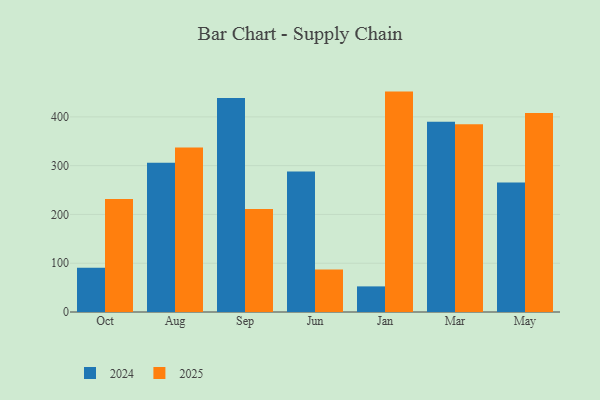
{"axis": {"x": "Month", "y": "LTV (USD)"}, "legend": ["2024", "2025"], "data": [{"x": "Oct", "y": 231.8, "type": "2025"}, {"x": "Oct", "y": 90.7, "type": "2024"}, {"x": "Aug", "y": 337.2, "type": "2025"}, {"x": "Aug", "y": 305.7, "type": "2024"}, {"x": "Sep", "y": 211.3, "type": "2025"}, {"x": "Sep", "y": 438.9, "type": "2024"}, {"x": "Jun", "y": 86.9, "type": "2025"}, {"x": "Jun", "y": 287.9, "type": "2024"}, {"x": "Jan", "y": 451.8, "type": "2025"}, {"x": "Jan", "y": 52.5, "type": "2024"}, {"x": "Mar", "y": 384.9, "type": "2025"}, {"x": "Mar", "y": 390.2, "type": "2024"}, {"x": "May", "y": 407.8, "type": "2025"}, {"x": "May", "y": 265.3, "type": "2024"}]}